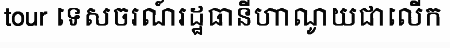
tour ទេសចរណ៍រដ្ឋធានីហាណូយជាលើក